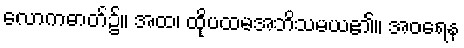
လောကဓာတ်၌။ အထ၊ ထိုပထမအဘိသမယ၏။ အဝရေန